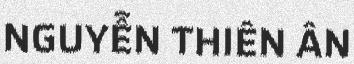
NGUYỄN THIÊN ÂN